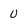
Character: u